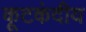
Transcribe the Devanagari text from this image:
कूटकंदीय